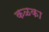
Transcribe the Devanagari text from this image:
कळका